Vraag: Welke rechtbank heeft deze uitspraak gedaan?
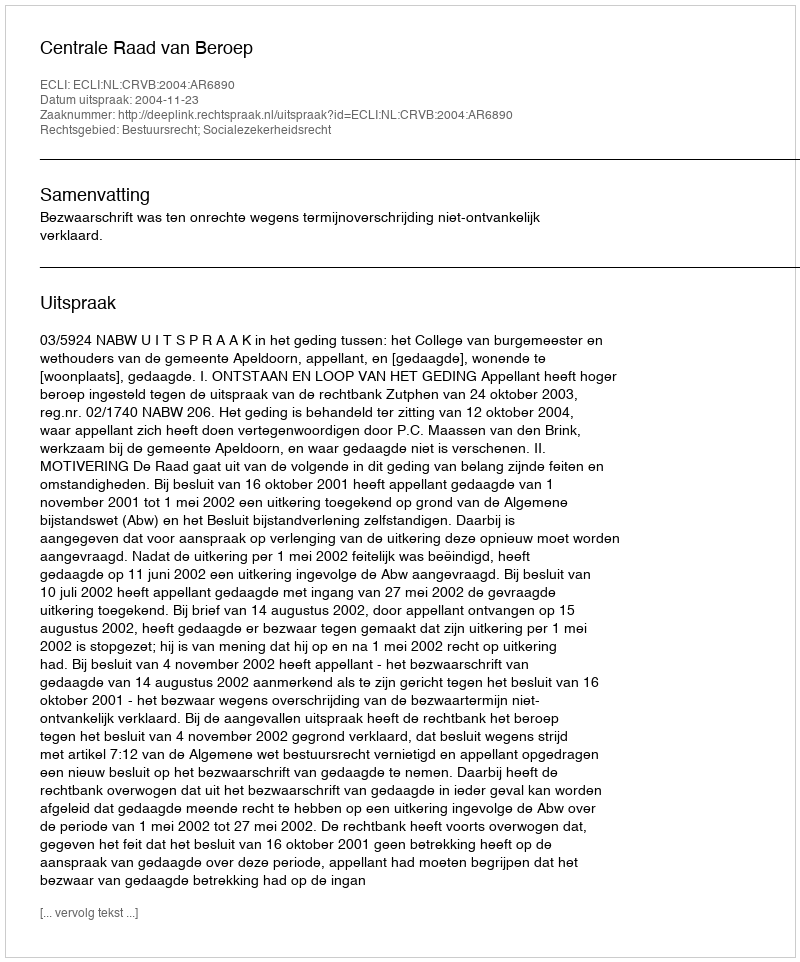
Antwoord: Centrale Raad van Beroep